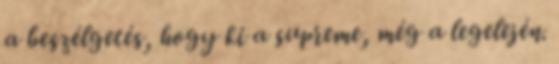
a beszélgetés, hogy ki a supreme, még a legelején.